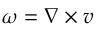
\boldsymbol { \omega } = \nabla \times \boldsymbol { v }